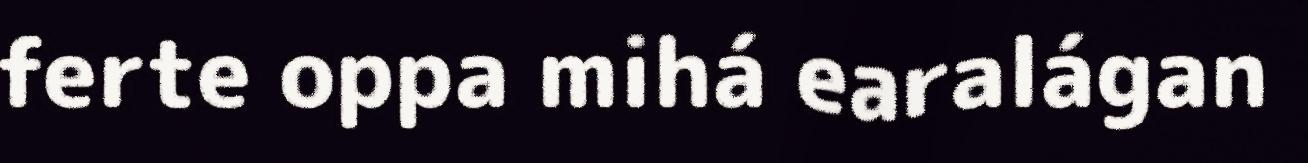
ferte oppa mihá earalágan